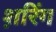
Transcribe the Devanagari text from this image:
श़रिंग